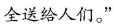
全送给人们。”